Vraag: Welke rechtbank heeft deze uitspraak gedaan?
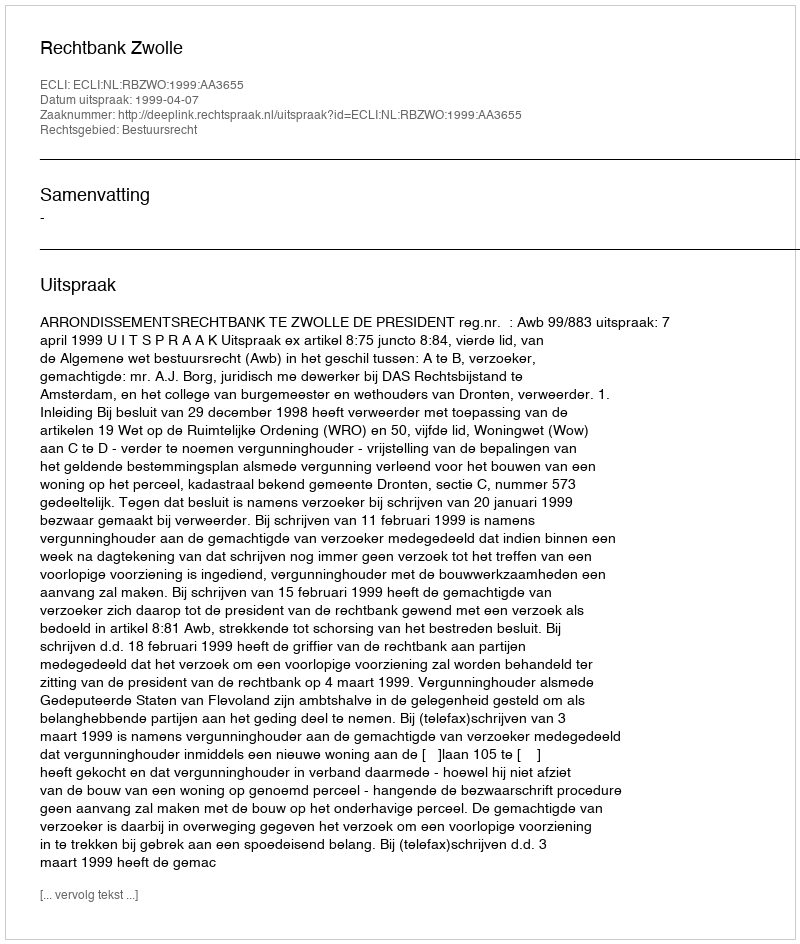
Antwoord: Rechtbank Zwolle